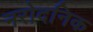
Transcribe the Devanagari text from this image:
नरोदनिक